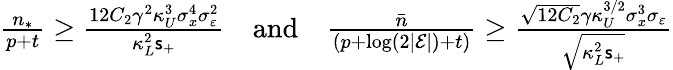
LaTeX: \begin{array}{r}{\frac{n_{*}}{p+t}\ge\frac{12C_{2}\gamma^{2}\kappa_{U}^{3}\sigma_{x}^{4}\sigma_{\varepsilon}^{2}}{\kappa_{L}^{2}\mathsf{s}_{+}}~~~~\mathrm{and}~~~~\frac{\bar{n}}{(p+\log(2|\mathcal{E}|)+t)}\ge\frac{\sqrt{12C_{2}}\gamma\kappa_{U}^{3/2}\sigma_{x}^{3}\sigma_{\varepsilon}}{\sqrt{\kappa_{L}^{2}\mathsf{s}_{+}}}}\end{array}